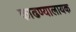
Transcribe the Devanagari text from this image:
काढण्यालायक